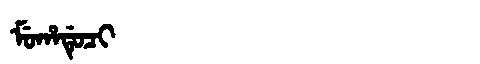
Manchu: ᠮᡠᡥᠠᡩᡠᠴᡳ
Romanization: MUHADUCI